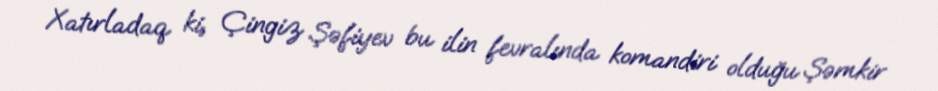
Xatırladaq ki, Çingiz Şəfiyev bu ilin fevralında komandiri olduğu Şəmkir